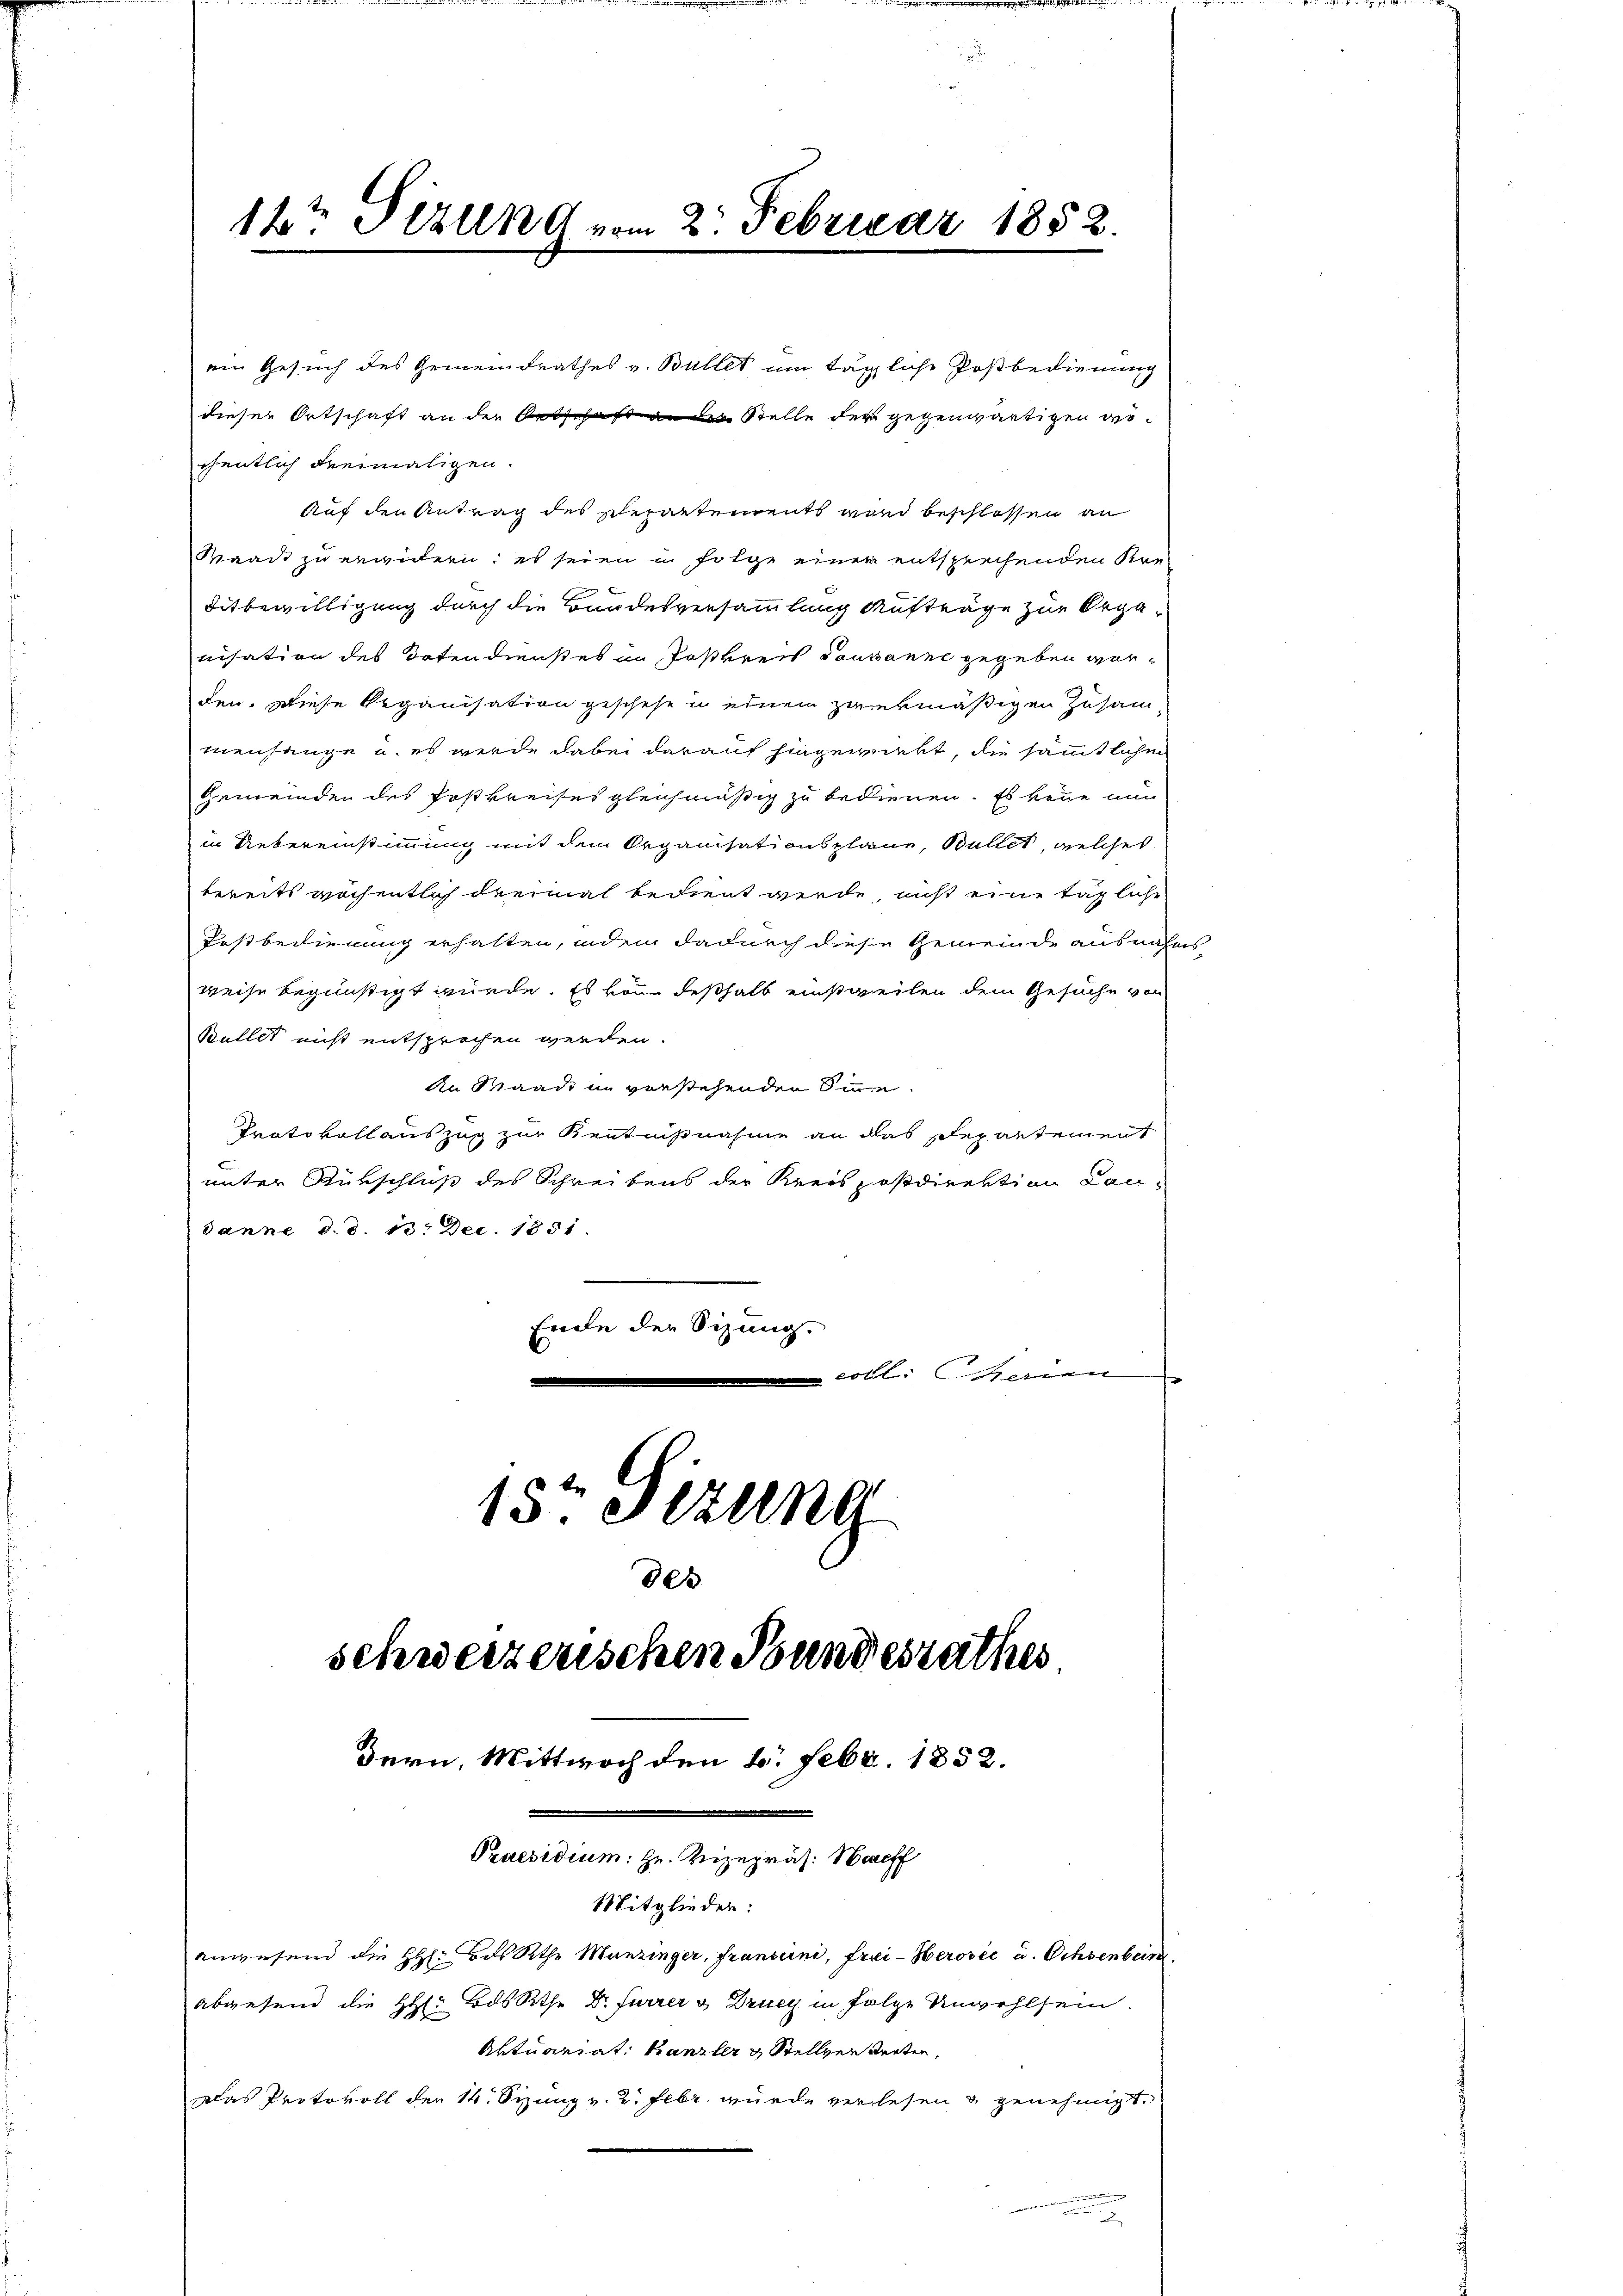
12t Sizung vom 2. Februar 1852.

chentlich dreimaligen.
Auf den Antrag des Repartements ward beschlossen an
Waadt zu erwidern; es seien in Folge einer entsprechenden Kreditbewilligung durch die Bundesversammlung Aufträge zur Organisation des Totendienstes in Postkreis Pausanne gegeben worden. Diese Organisation geschehe u einem zwekmäßigen Zusam
menhänge u. es werde dabei darauf hingewirkt, die sämmtlichen
Gemeinden des Postkreises gleichmäßig zu bedienen. Es könne nun
in Uebereinstimmung mit dem Organisationsplane, Büllet, welches
bereits wöchentlich dreimal bedient werde, nicht eine tägliche
Postbedienung erhalten, indem dadurch diese Gemeinde ausnähers
weise begünstigt wurde. Es von deßhalb einstweilen dem Gesuche von
Buller nicht entsprechen werden.
An Waadt in vorstehenden Sinne
Protokollauszug zur Kenntnisnahme an das Departement
unter Rükschluß des Schreibens der Kreis postdirektion Candanne d. d. 13. Dec. 1851.
Ende den Sizung.
tl: Herren
15. Jezung

schweizerischen Bundesrathes.
Bern, Mittwoch den 6. Febr. 1852.
Praesidium: Hr. Vizepräs. Hereff
Mitglieder:
anwesend die HH: Bds Athe Munzinger, fransiini, frei-Herović u. Ochsenbein
abgesend die H. Bassethe Dr. Furrer & Drueg in Folge Unwohlsein.
Aktuariat Kanzler & Stellver Seiten,

adas Protokoll der 14. Sizung v. 2. Febr. wurde verlesen & genehmigt.

dieser Ortschaft an der Entschaft ander Stelle der gegenwärtigen ge¬

ein Gesuch des Gemeindrathes v. Bullet um tägliche Postbedienung

des